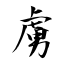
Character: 虜